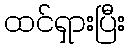
ထင်ရှားပြီး